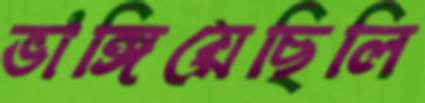
ভাঙ্গিয়েছিলি